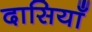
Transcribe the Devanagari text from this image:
दासियाँ